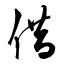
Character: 借